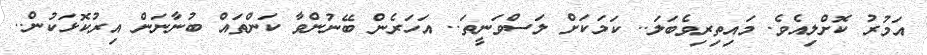
އަމުރު ކޮށްލިއެވެ. މައިތިރިވެބަލަ.. ކަމަކަށް ލަސްވަނީތަ.. އަހަރެން ބޭނުންވާ ކަންތައް ބުނާނަން އިރުކޮޅަކުން..